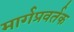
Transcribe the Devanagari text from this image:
मार्गप्रवर्तक